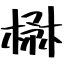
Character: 楙